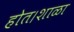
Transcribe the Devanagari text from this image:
होत।शाळा